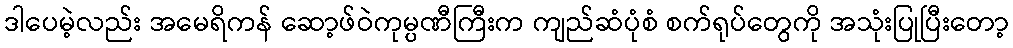
ဒါပေမဲ့လည်း အမေရိကန် ဆော့ဖ်ဝဲကုမ္ပဏီကြီးက ကျည်ဆံပုံစံ စက်ရုပ်တွေကို အသုံးပြုပြီးတော့